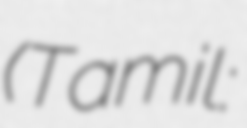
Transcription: (Tamil: எம்